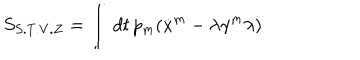
LaTeX: S _ { S . T . V . Z } = \int \, d t \, p _ { m } ( \dot { x } ^ { m } - \lambda \gamma ^ { m } \lambda )